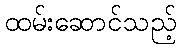
ထမ်းဆောင်သည့်